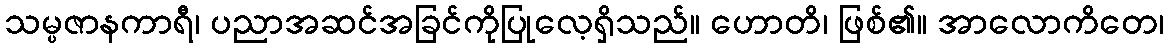
သမ္ပဇာနကာရီ၊ ပညာအဆင်အခြင်ကိုပြုလေ့ရှိသည်။ ဟောတိ၊ ဖြစ်၏။ အာလောကိတေ၊